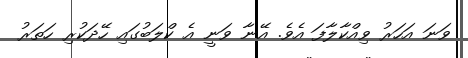
ވަނަ އަހަރު ވިއްކާލާފަ އެވެ. އޭނާ ވަނީ އެ ކްލަބުގައި ހޭދަކުރި ހަތަރު